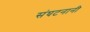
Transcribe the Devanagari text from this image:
संघटनानी